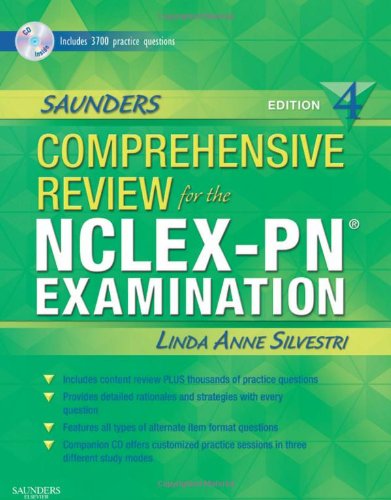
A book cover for Saunders Comprehensive Review for the NCLEX-PNÂ® Examination (Saunders Comprehensive Review for Nclex-Pn); Linda Anne Silvestri PhD  RN; Medical Books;